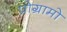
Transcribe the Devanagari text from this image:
प्रोग्रामो